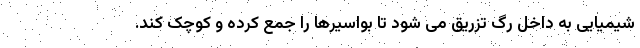
شيميايی به داخل رگ تزريق می شود تا بواسيرها را جمع کرده و کوچک کند.